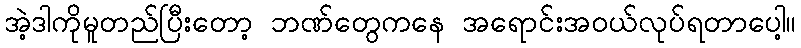
အဲ့ဒါကိုမူတည်ပြီးတော့ ဘဏ်တွေကနေ အရောင်းအဝယ်လုပ်ရတာပေါ့။